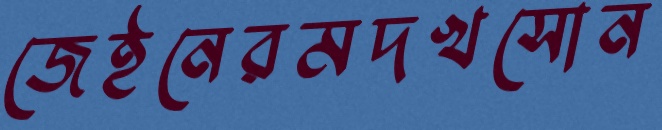
জেইনেরমদখসোন